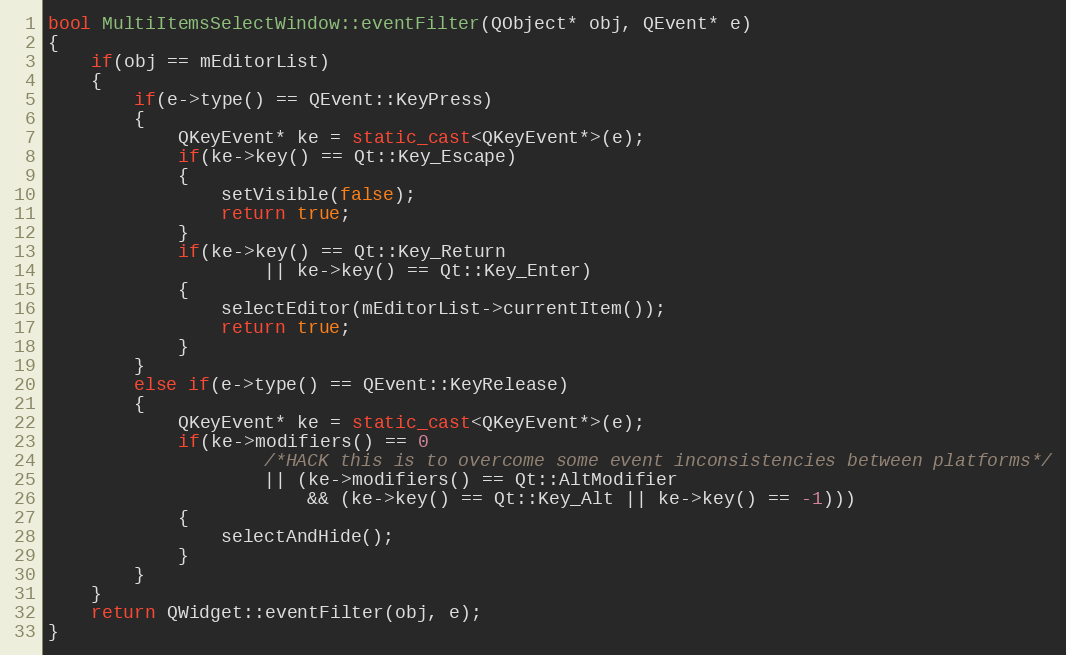
Language: C++
bool MultiItemsSelectWindow::eventFilter(QObject* obj, QEvent* e)
{
    if(obj == mEditorList)
    {
        if(e->type() == QEvent::KeyPress)
        {
            QKeyEvent* ke = static_cast<QKeyEvent*>(e);
            if(ke->key() == Qt::Key_Escape)
            {
                setVisible(false);
                return true;
            }
            if(ke->key() == Qt::Key_Return
                    || ke->key() == Qt::Key_Enter)
            {
                selectEditor(mEditorList->currentItem());
                return true;
            }
        }
        else if(e->type() == QEvent::KeyRelease)
        {
            QKeyEvent* ke = static_cast<QKeyEvent*>(e);
            if(ke->modifiers() == 0
                    /*HACK this is to overcome some event inconsistencies between platforms*/
                    || (ke->modifiers() == Qt::AltModifier
                        && (ke->key() == Qt::Key_Alt || ke->key() == -1)))
            {
                selectAndHide();
            }
        }
    }
    return QWidget::eventFilter(obj, e);
}